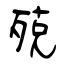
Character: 殑